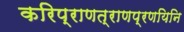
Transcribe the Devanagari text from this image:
करिप्राणत्राणप्रणयिनि